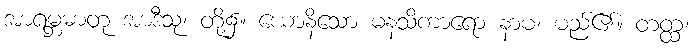
အာရမ္ဘဓာတု အာဒီသု၊ တို့၌။ ယောနိသော မနသိကာရော နာမ၊ မည်၏။ တတ္ထ၊